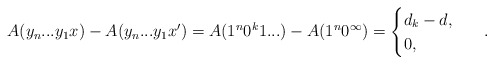
\begin{align*}A(y_n...y_1 x) - A(y_n...y_1x') = A(1^n 0^k 1...)-A(1^n 0^\infty) = \begin{cases}d_k - d,\ \\0,\ \end{cases}\ .\end{align*}